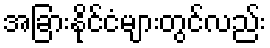
အခြားနိုင်ငံများတွင်လည်း